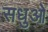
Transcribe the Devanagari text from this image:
सधुओ